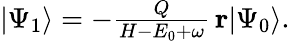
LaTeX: \begin{array}{r}{|\Psi_{1}\rangle=-\frac{Q}{H-E_{0}+\omega}\, \mathbf{r}|\Psi_{0}\rangle.}\end{array}